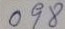
098